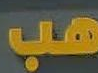
هب